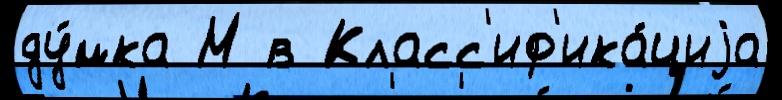
ду́мка М в Класс'иф'ика́циjа